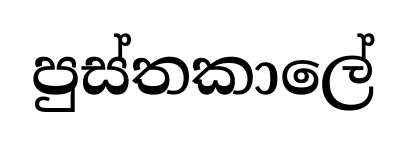
පුස්තකාලේ